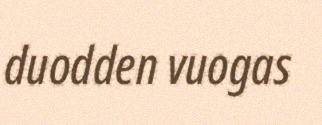
duodden vuogas